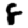
Digit: 8